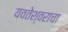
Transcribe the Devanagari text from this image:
यवतेश्वराचा